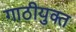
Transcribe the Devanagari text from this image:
गाठीयुक्त